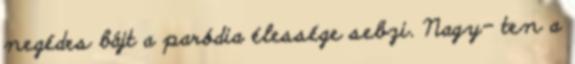
negédes bájt a paródia élessége sebzi. Nagy- ten a